Annual report on the mental hospital in the Central Provinces and Berar (Nagpur) - 1927-1951
Year: 1927
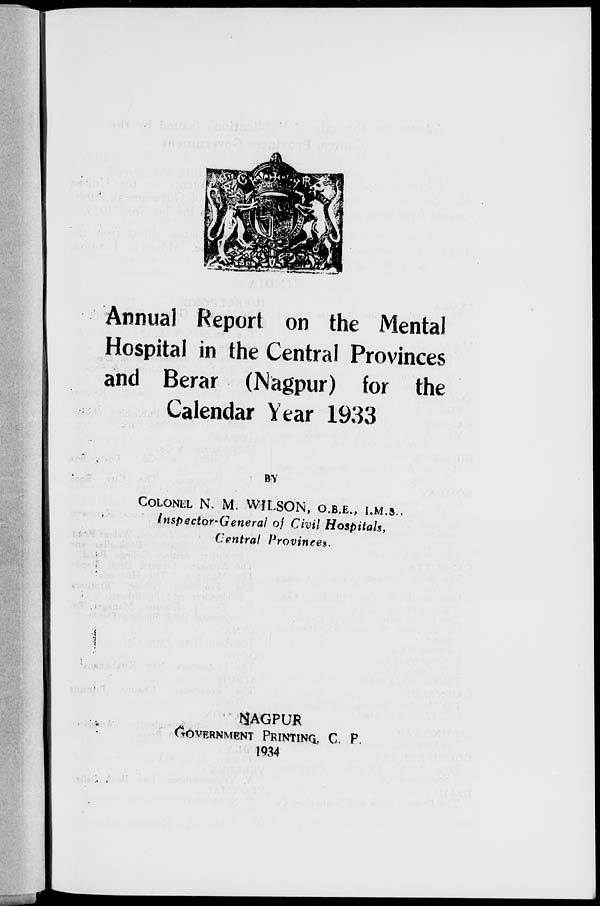
Annual Report on the Mental
Hospital in the Central Provinces
and Berar (Nagpur) for the
Calendar Year 1933
BY
COLONEL N. M. WILSON, O.B.E., I.M.S.,
Inspector-General of Civil Hospitals,
Central Provinces.
NAGPUR
GOVERNMENT PRINTING, C. P.
1934